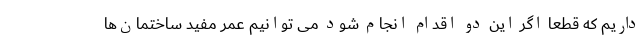
داریم که قطعا اگر این دو اقدام انجام شود می توانیم عمر مفید ساختمان‌ها